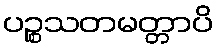
ပဉ္စသတမတ္တာပိ